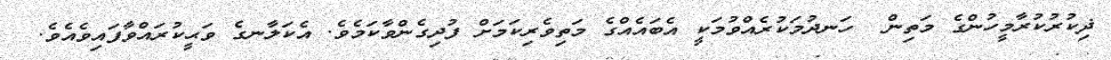
ޛިކުރުކުރާމީހުންގެ މަތިން  ހަނދުމަކުރެއްވުމަކީ އެބައެއްގެ މަތިވެރިކަމަށް ފުދިގެންވާކަމެވެ. އެކަލާނގެ ވަޙީކުރައްވާފައިވެއެވެ.